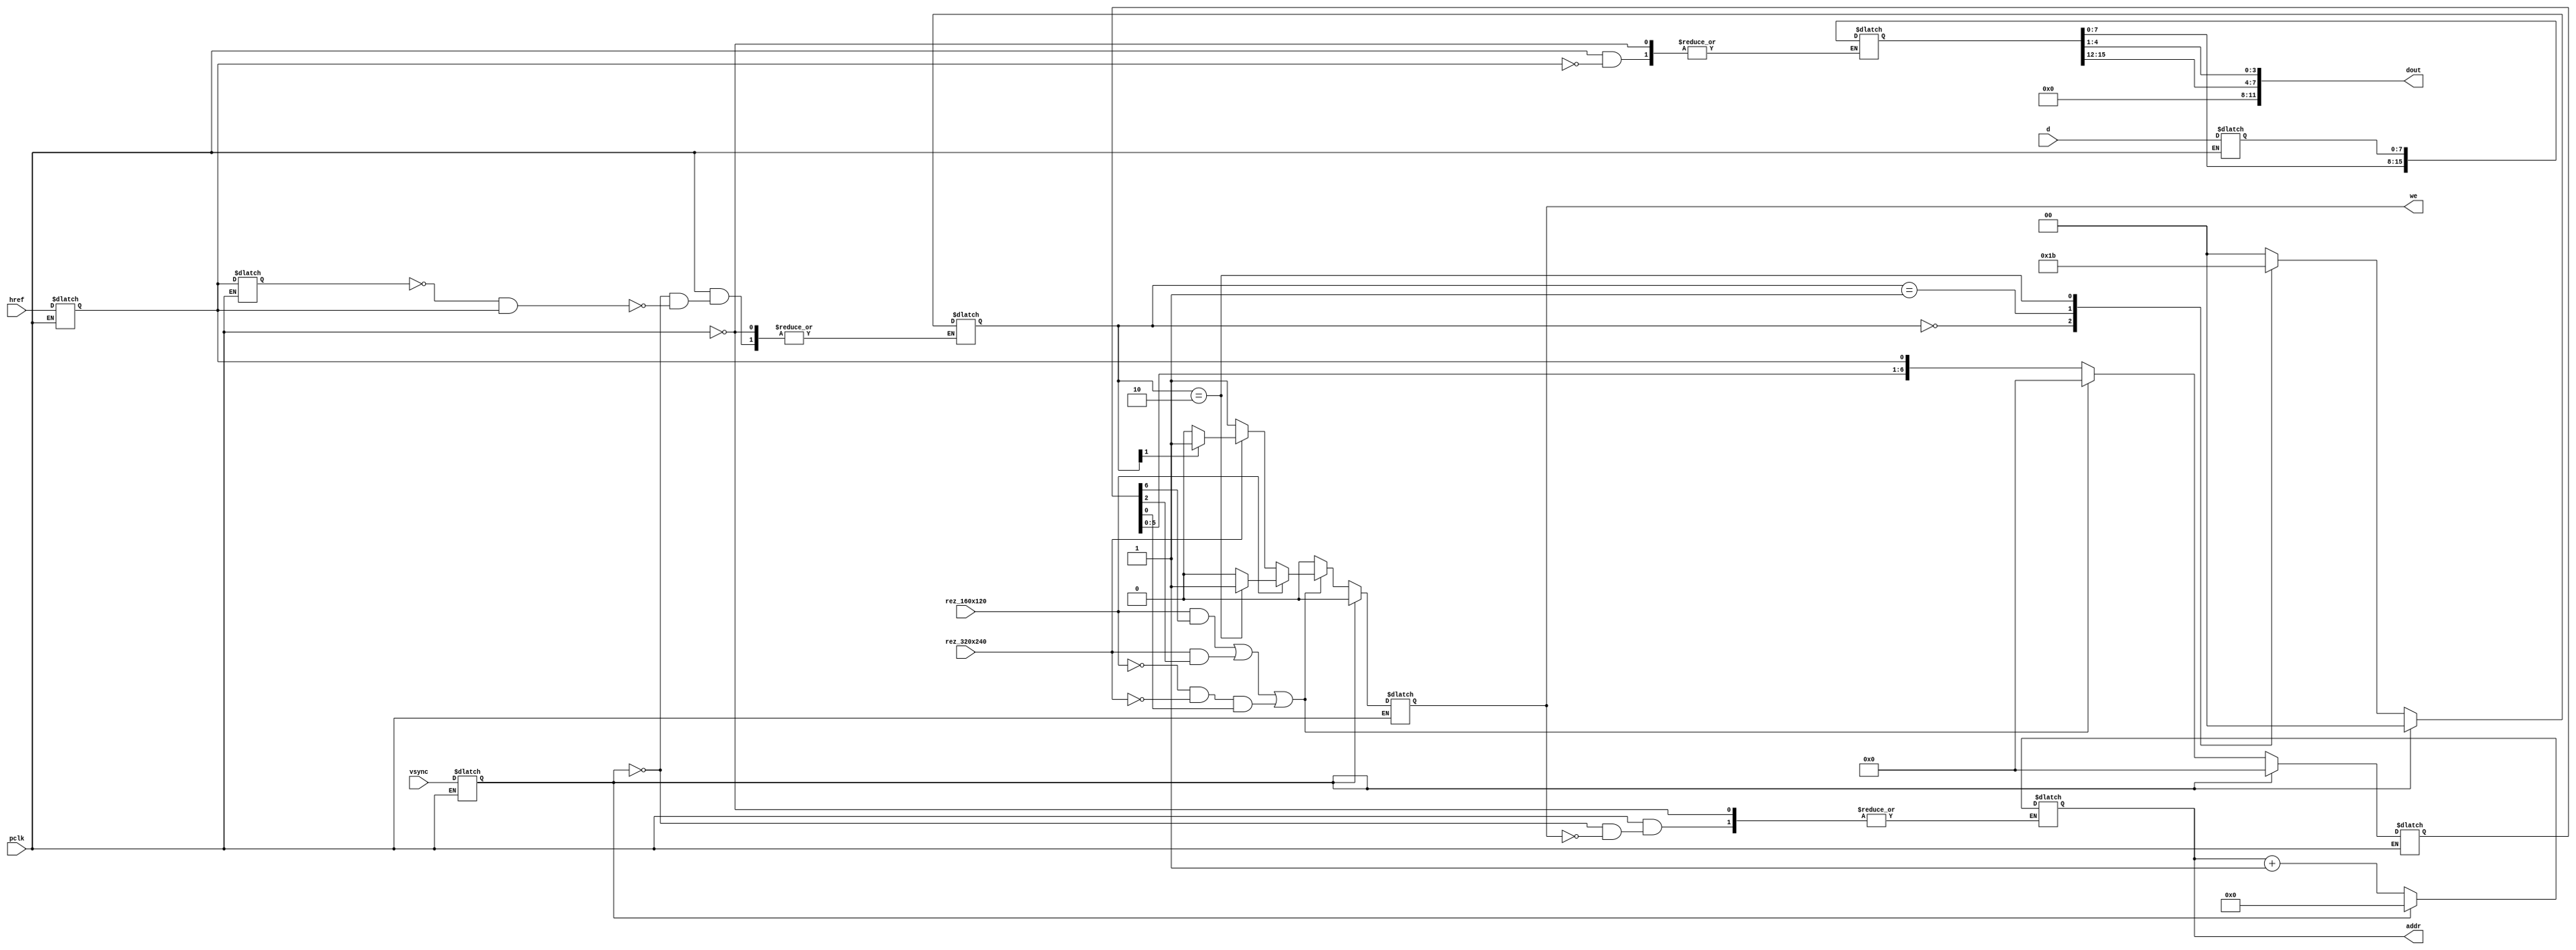
`timescale 1ns / 1ps
//////////////////////////////////////////////////////////////////////////////////
// Company: 
// Engineer: 
// 
// Design Name: 
// Module Name: ov7670_capture
// Project Name: 
// Target Devices: 
// Tool Versions: 
// Description: 
// 
// Dependencies: 
// 
// Revision:
// Revision 0.01 - File Created
// Additional Comments:
// 
//////////////////////////////////////////////////////////////////////////////////
/*----------------------------------------------------------------------------------
-- Engineer: Mike Field <hamster@snap.net.nz>
-- 
-- Description: Captures the pixels coming from the OV7670 camera and Stores them 
--              in block RAM.
--
-- The length of href last controls how often pixels are captive - (2 downto 0) stores
-- one pixel every 4 cycles.
--
-- "line" is used to control how often data is captured. In this case every forth 
-- line
----------------------------------------------------------------------------------
*/
module ov7670_capture(
	input pclk,
	input rez_160x120,
	input rez_320x240,
	input vsync,
	input href,
	input [7:0]d,
	output [18:0]addr,
	output [11:0]dout,
	output we
	);
	
reg [18:0]address;
reg [1:0]line;
reg href_hold;
reg [15:0]d_latch;
reg we_reg;
reg [6:0]href_last;
reg [7:0]latched_d;
reg latched_href;
reg latched_vsync;

assign addr = address;
assign we   = we_reg;
assign dout = { d_latch[15:12], d_latch[4:1] };

always @ (pclk)
	begin : capture_process
		if ( pclk == 1'b1 ) begin
			if ( we_reg == 1'b1 ) begin	address <= ($unsigned(address) + 1 );	end
			if ( ( href_hold == 1'b0 ) & ( latched_href == 1'b1 ) ) begin
				case ( line )
					2'b00: 	begin	line <= 2'b01;	end
					2'b01: 	begin	line <= 2'b10;	end
					2'b10:	begin	line <= 2'b11;	end
					default : begin	line <= 2'b00;	end
				endcase
			end
			href_hold <= latched_href;
			if ( latched_href == 1'b1 ) begin	d_latch <= { d_latch[7:0], latched_d }; 	end
			we_reg <= 1'b0;
			if ( latched_vsync == 1'b1 ) begin
				address <= { 1'b0 };
				href_last <= { 1'b0 };
				line <= { 1'b0 };
			end
			else begin
				if (((( rez_160x120 == 1'b1 ) & (href_last[6] == 1'b1))   | 
				     (( rez_320x240 == 1'b1 ) & ( href_last[2] == 1'b1))) | 
				    ((( rez_160x120 == 1'b0 ) & ( rez_320x240 == 1'b0 )) & (href_last[0] == 1'b1))) begin
					if ( rez_160x120 == 1'b1 )	begin
						if ( line == 2'b10 )  begin	we_reg <= 1'b1; end
					end
					else begin
						if ( rez_320x240 == 1'b1 )	begin
							if ( line[1] == 1'b1 )	begin we_reg <= 1'b1; end
						end
						else begin we_reg <= 1'b1; end
					end
					href_last <= { 1'b0 };
				end
				else begin href_last <= { href_last[5:0], latched_href }; end
			end
		end
		if ( pclk == 1'b0 )	begin
			latched_d <= d;
			latched_href <= href;
			latched_vsync <= vsync;
		end
	end
endmodule